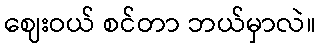
ဈေးဝယ် စင်တာ ဘယ်မှာလဲ။